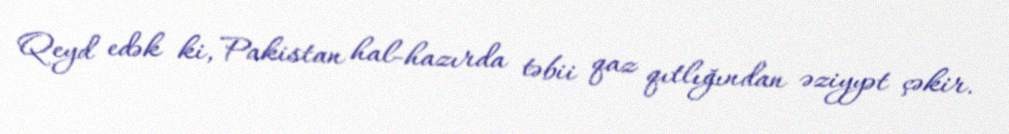
Qeyd edək ki, Pakistan hal-hazırda təbii qaz qıtlığından əziyyət çəkir.